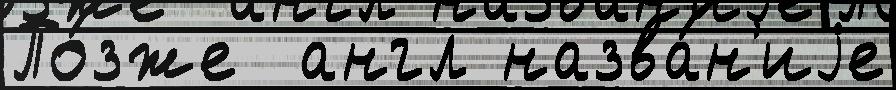
По́зже  англ назва́н'иjе